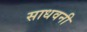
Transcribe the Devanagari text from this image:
साधवनी